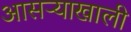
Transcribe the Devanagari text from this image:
आसऱ्याखाली